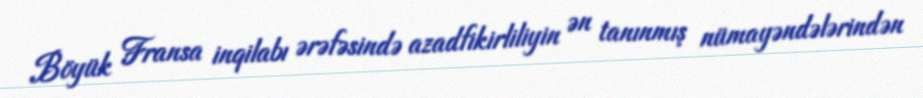
Böyük Fransa inqilabı ərəfəsində azadfikirliliyin ən tanınmış nümayəndələrindən